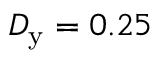
D _ { \mathrm { y } } = 0 . 2 5